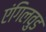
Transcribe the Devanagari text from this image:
एंगिलवुड